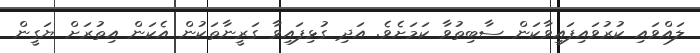
ލައްވައި ކުރުވައިފައިވާކަން ސާބިތުވާ ކަމަށެވެ. އަދި ގުޅިފައިވާ ގަރީނާތަކުން އެކަން އިތުރަށް ޔަގީން